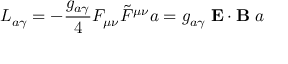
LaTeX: { \cal L } _ { a \gamma } = - \frac { g _ { a \gamma } } { 4 } F _ { \mu \nu } \tilde { F } ^ { \mu \nu } a = g _ { a \gamma } \; { \bf E } \cdot { \bf B } \; a